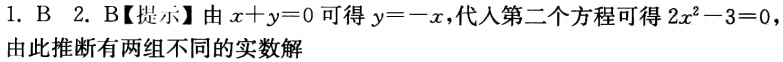
1. B 2. B【提示】由\(x + y = 0\)可得\(y=-x\)，代入第二个方程可得\(2x^{2}-3 = 0\)，由此推断有两组不同的实数解